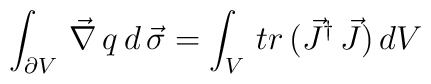
\int_{\partial V}\,\vec{\nabla}\, q\,d\,\vec{\sigma} =\int_{V}\, tr\,\bigl(\vec{J}^{\dagger}\,\vec{J}\bigr)\, dV